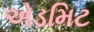
એડમિટ